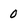
Character: 0